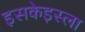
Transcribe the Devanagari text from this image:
इसकेइस्ला